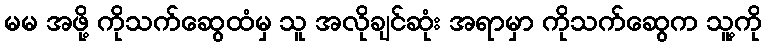
မမ အဖို့ ကိုသက်ဆွေထံမှ သူ အလိုချင်ဆုံး အရာမှာ ကိုသက်ဆွေက သူ့ကို